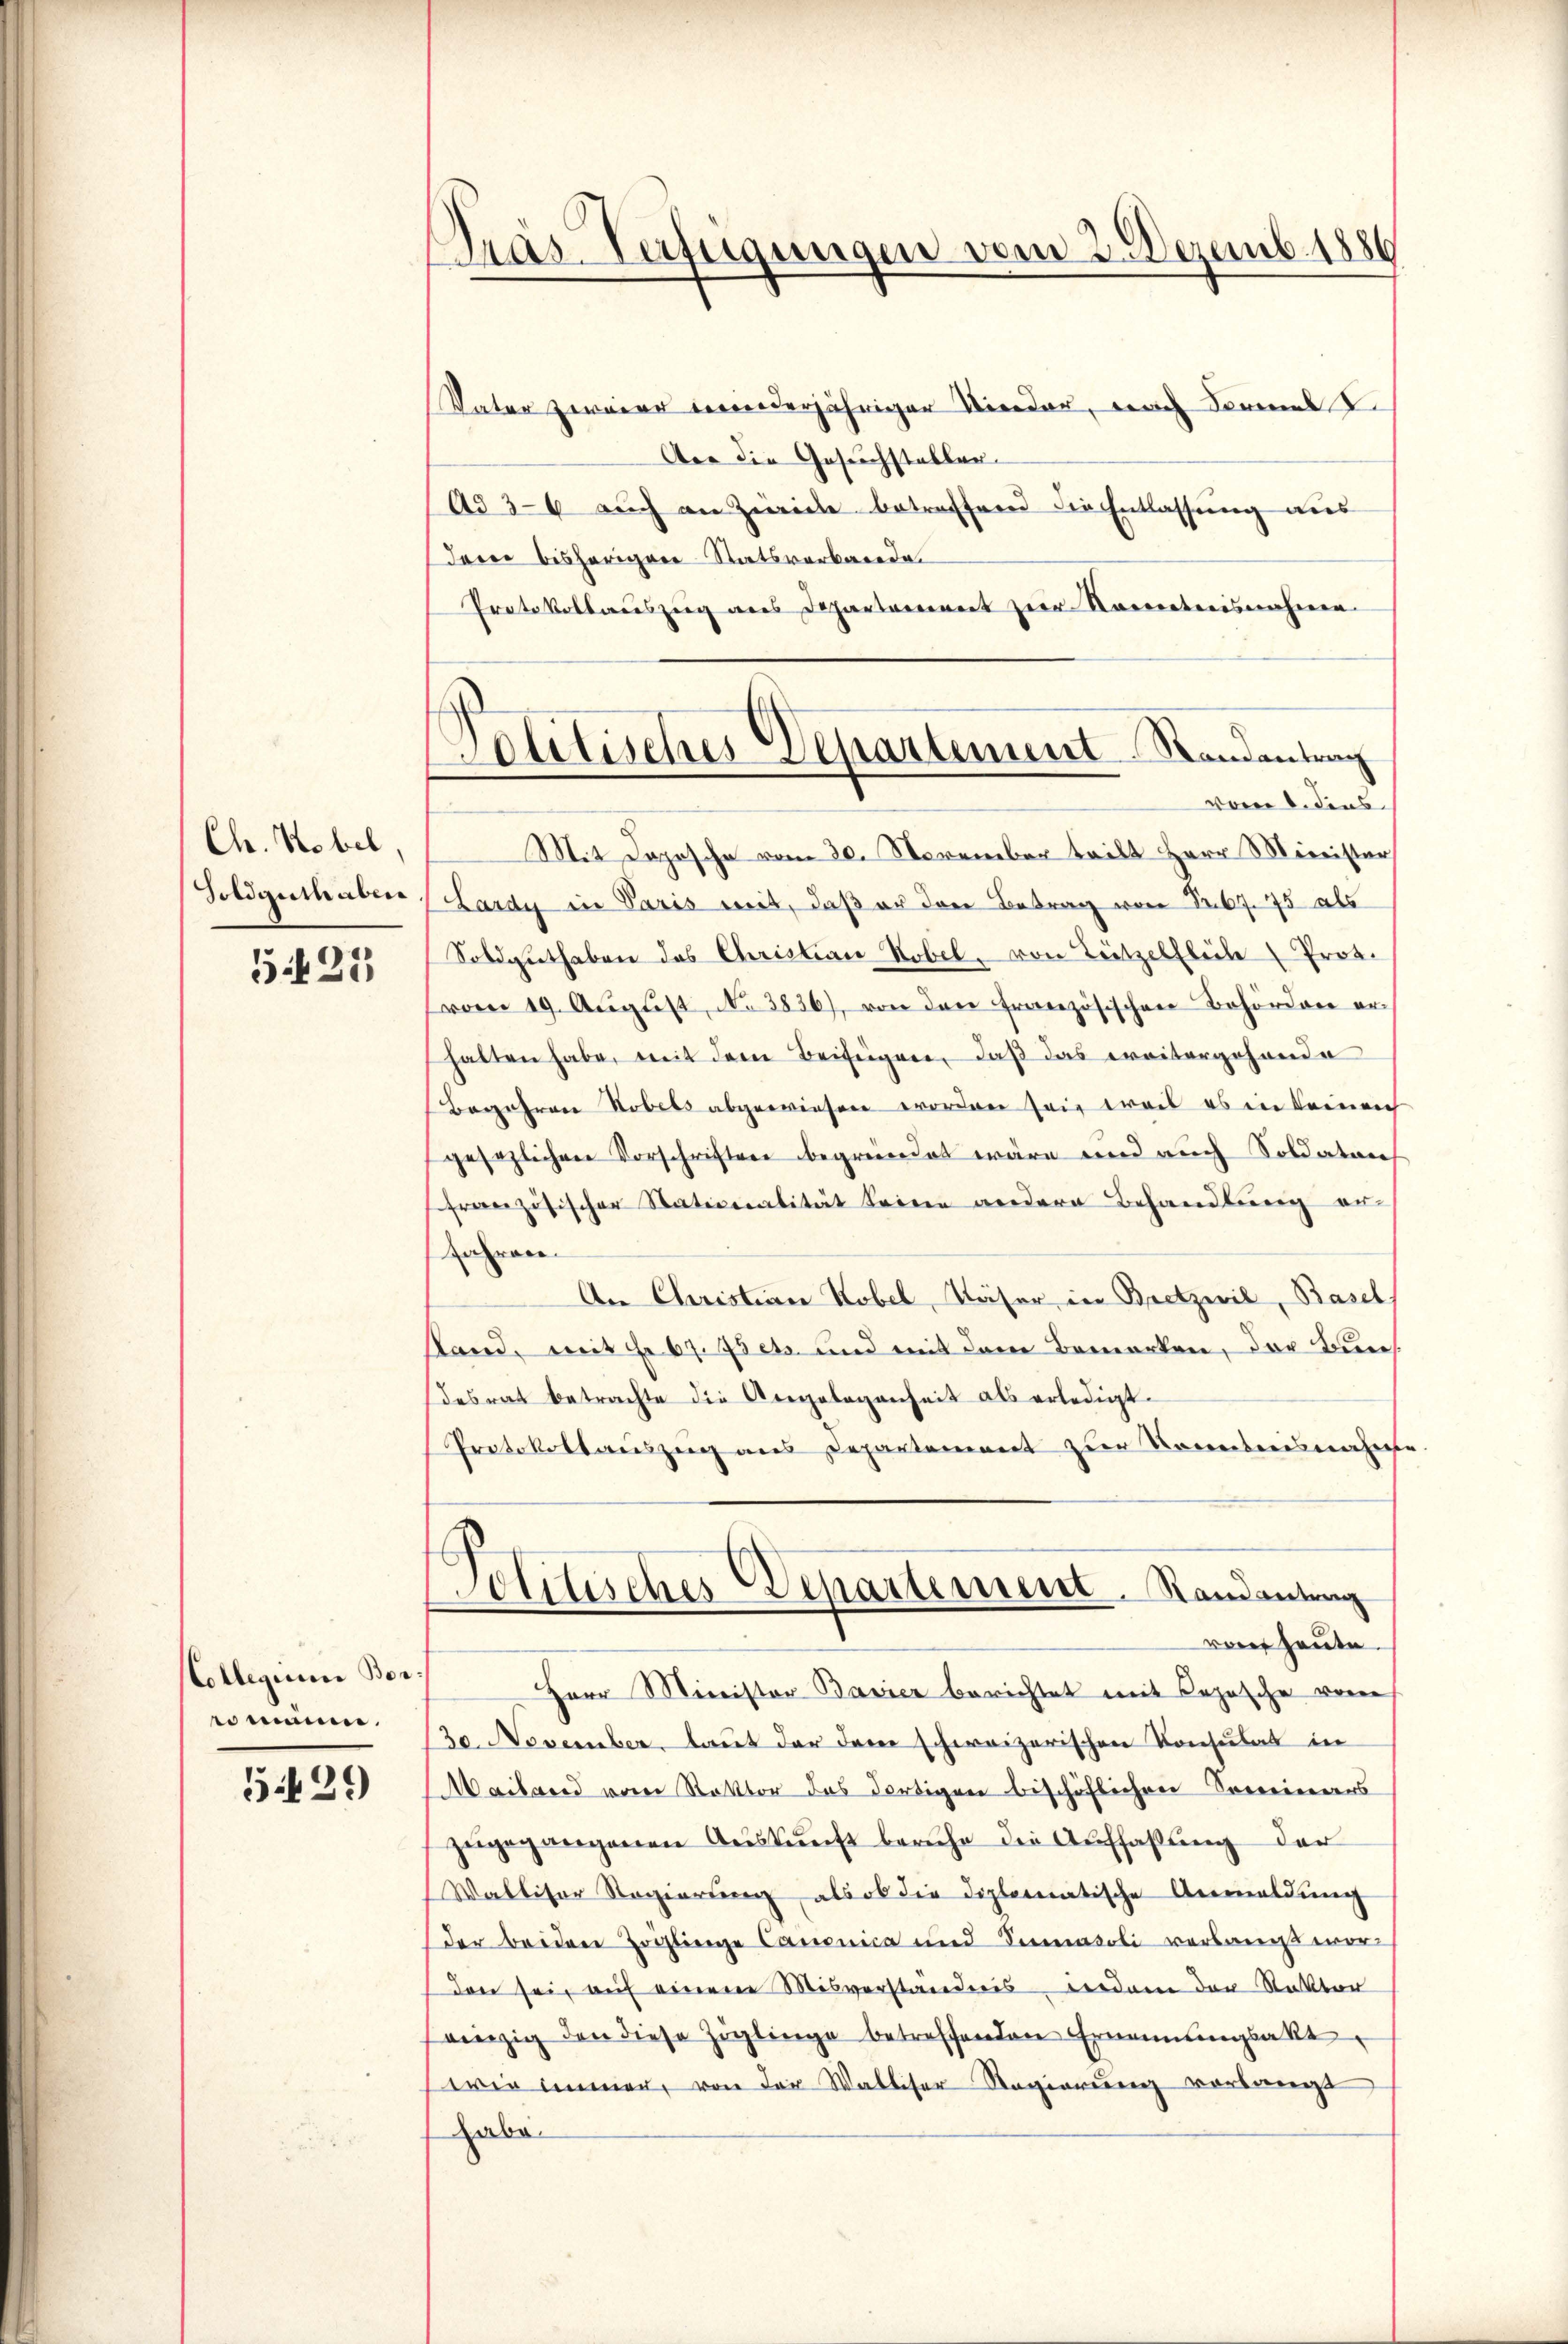
Ch. Hobel,
Goldguthaben

525

CCollegium Borrommen.

5.439

Gras Verfügungen vom 2. Dezemb. 1886

Vater zweier winderjähriger Nieder, nach Sorel I
Aer die Gesuchstallen.
A336 auch an Zwicke betreffend die Entlassung aus
dei bisherigen Statsverbande.
Protokollauszug aus Departement zur Namentenisnahmen.
Mit Depesche vom 30. November teilt Herr Minister
Lardy in Paris mit, daß er den Betrag von 167. 75 als
Soldguthaben des Christian Robel, von Lützelflele Prot.
vom 19. Aŭgŭst No 3836), von den französischen Behördern er-
halten habe, mit dem Beifügen, daß das weitergehende
Begehren Tobels abgewiesen worden sie weil es in keinen
gesezlichen Vorschriften begründet wäre und auch Soldaten
französischer Stationalität keine andere Behandlung er-
fahren.
An Christian Kobel, Käser in Bretzwil, Basel
stand, mit Fr. 67. Isens und mit dem Bemerken, der Bundesrat betrachte die Angelegenheit als erledigt.
Protokollauszug aus Departement zur Kenntnisnahm
Politisches Departement. Randantung
ront heute.
Herr Minister Bavier berichtet mit Copische von
30. November, laut der dem schweizerischen Konsulat in
Mailand vom Rektor das dortigen beschöflichen Someiners
zugegangenen Auskunft beruhe die Auffassung der
Walliser Regierung, als ob die diplomatische Anmeldung
der beiden Hochlinge Canonica und Senatoli verlangt wor
den sei, auf einem Misverständnis werdem der Rektor
einzig den diese Zöglinge betreffenden Ernennungsakt
wie immer, von der Walliser Regierung vorlangt
habe.

Potitisches Departement Standentrag
vom 6. dies